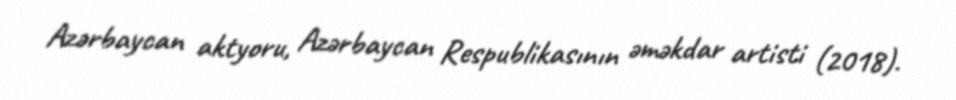
Azərbaycan aktyoru, Azərbaycan Respublikasının əməkdar artisti (2018).